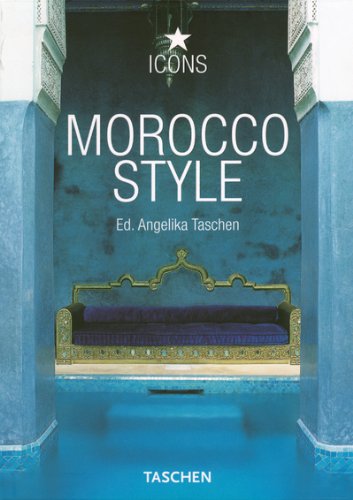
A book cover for Morocco Style (Icons) (English, French and German Edition); Christiane Reiter; Travel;